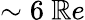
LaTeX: \sim6~\mathbb{R}e